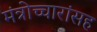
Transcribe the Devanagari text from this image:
मंत्रोच्चारांसह